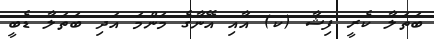
ބަތަލާ ކެރީ ފިޝާ (ކ) އާއި އޭނާގެ މަންމަ އަދި ބަތަލާ ޑެބީ